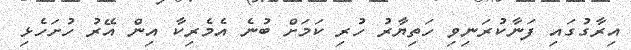
އިރާގުގައި ފަނާކުރަނިވި ހަތިޔާރު ހުރި ކަމަށް ބުނެ އެމެރިކާ އިން އޭރު ހުށަހެޅި